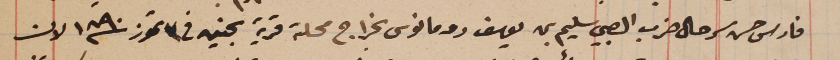
فارس حسن سرحال ضرب الصبي سليم بن يوسف رومانوس بخراج محلة قرية بحنين فى ٣ تموز سنة ١٨٩٠ لان